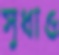
সুধাও